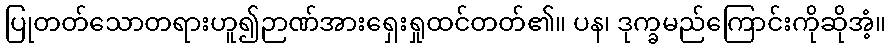
ပြုတတ်သောတရားဟူ၍ဉာဏ်အားရှေးရှုထင်တတ်၏။ ပန၊ ဒုက္ခမည်ကြောင်းကိုဆိုအံ့။